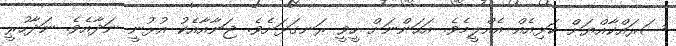
ސަރައްކާއްޔަށް ކަޅިއެއް އެއްލީމެވެ. އަހަންނަށް ހީވީ ރަނގަޅަށެވެ. ޖަނާއާއެކު އުޅުނީ ނަދާއެވެ. ނަދާހުރީ